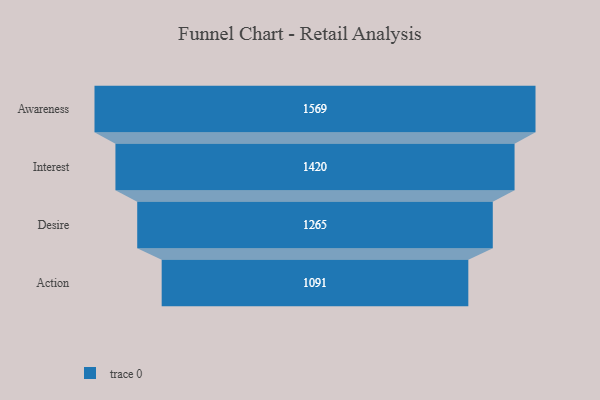
{"axis": {"x": "Stage", "y": "Value"}, "legend": [""], "data": [{"x": "Awareness", "y": 1569.0, "type": ""}, {"x": "Interest", "y": 1420.0, "type": ""}, {"x": "Desire", "y": 1265.0, "type": ""}, {"x": "Action", "y": 1091.0, "type": ""}]}